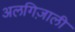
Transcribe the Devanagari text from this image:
अलगिज़ाली